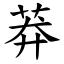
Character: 莽